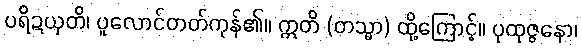
ပရိဍယှတိ၊ ပူလောင်တတ်ကုန်၏။ ဣတိ (တသ္မာ) ထို့ကြောင့်။ ပုထုဇ္ဇနော၊